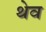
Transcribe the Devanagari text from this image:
थेव